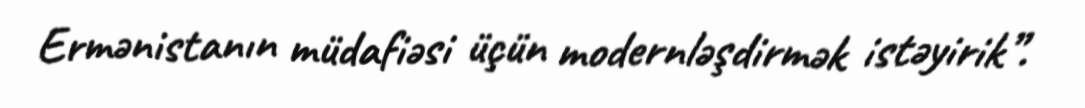
Ermənistanın müdafiəsi üçün modernləşdirmək istəyirik”.